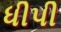
ધીપી